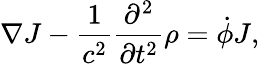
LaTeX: \nabla J-\frac{1}{c^{2}}\frac{\partial^{2}}{\partial t^{2}}\rho=\dot{\phi}J,